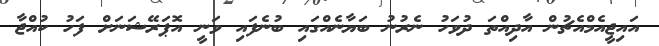
އައިޖީއެމްއެޗުން އާދިއްތަ ދުވަހު ނެރުނު ބަޔާނެއްގައި ބުނެފައި ވަނީ އޮޕަރޭޝަނަށް ފަހު ކުއްޖާ